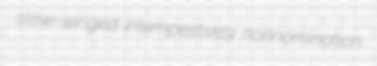
slow-winged intempestively nonnomination